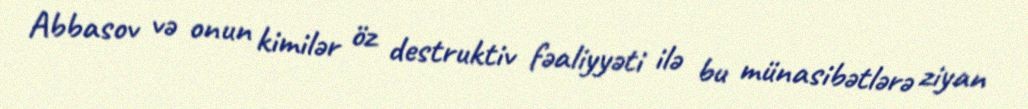
Abbasov və onun kimilər öz destruktiv fəaliyyəti ilə bu münasibətlərə ziyan